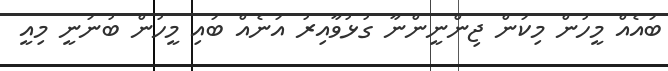
ބައެއް މީހުން މިކަން ޖިންނީންނާ ގުޅުވާއިރު އަނެއް ބައި މީހުން ބުނަނީ މިއީ